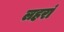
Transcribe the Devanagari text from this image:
लहरां